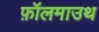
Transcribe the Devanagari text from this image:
फ़ॉलमाउथ